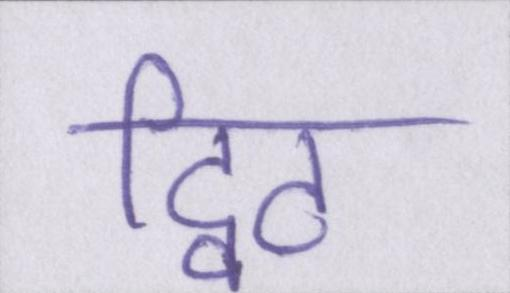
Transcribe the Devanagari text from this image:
ट्विट